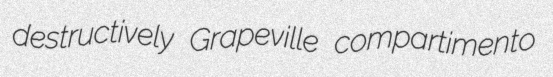
destructively Grapeville compartimento